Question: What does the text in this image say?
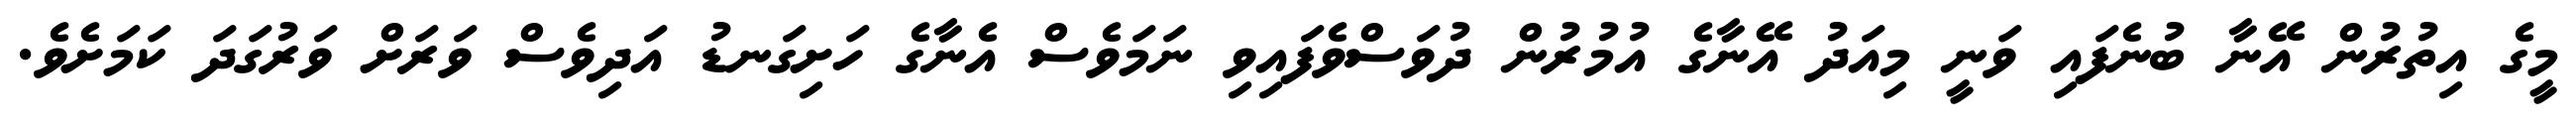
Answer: މީގެ އިތުރުން އޭނާ ބުނެފައި ވަނީ މިއަދު އޭނާގެ އުމުރުން ދުވަސްވެފައިވި ނަމަވެސް އެނާގެ ހަށިގަނޑު އަދިވެސް ވަރަށް ވަރުގަދަ ކަމަށެވެ.